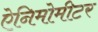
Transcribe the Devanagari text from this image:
ऐनिमोमीटर